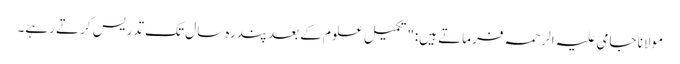
مولانا جامی علیہ الرحمہ فرماتے ہیں:"تکمیلِ علوم کے بعدپندرہ سال تک تدریس کرتے رہے۔